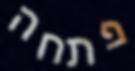
פתחה